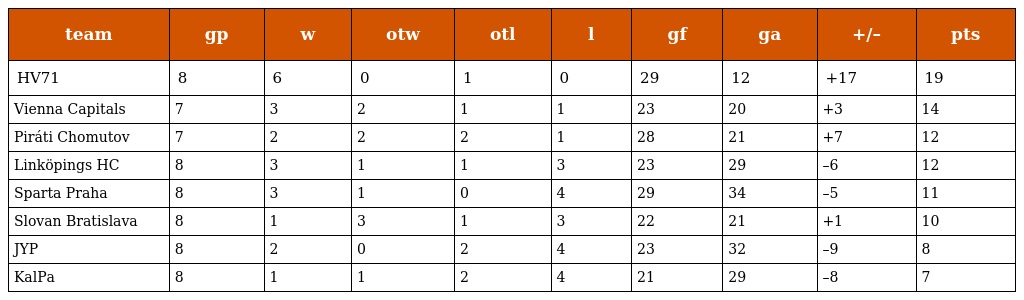
| team | gp | w | otw | otl | l | gf | ga | +/– | pts |
 | --- | --- | --- | --- | --- | --- | --- | --- | --- | --- |
 | HV71 | 8 | 6 | 0 | 1 | 0 | 29 | 12 | +17 | 19 |
 | Vienna Capitals | 7 | 3 | 2 | 1 | 1 | 23 | 20 | +3 | 14 |
 | Piráti Chomutov | 7 | 2 | 2 | 2 | 1 | 28 | 21 | +7 | 12 |
 | Linköpings HC | 8 | 3 | 1 | 1 | 3 | 23 | 29 | –6 | 12 |
 | Sparta Praha | 8 | 3 | 1 | 0 | 4 | 29 | 34 | –5 | 11 |
 | Slovan Bratislava | 8 | 1 | 3 | 1 | 3 | 22 | 21 | +1 | 10 |
 | JYP | 8 | 2 | 0 | 2 | 4 | 23 | 32 | –9 | 8 |
 | KalPa | 8 | 1 | 1 | 2 | 4 | 21 | 29 | –8 | 7 |